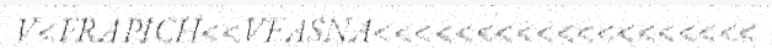
V<FRAPICH<<VEASNA<<<<<<<<<<<<<<<<<<<